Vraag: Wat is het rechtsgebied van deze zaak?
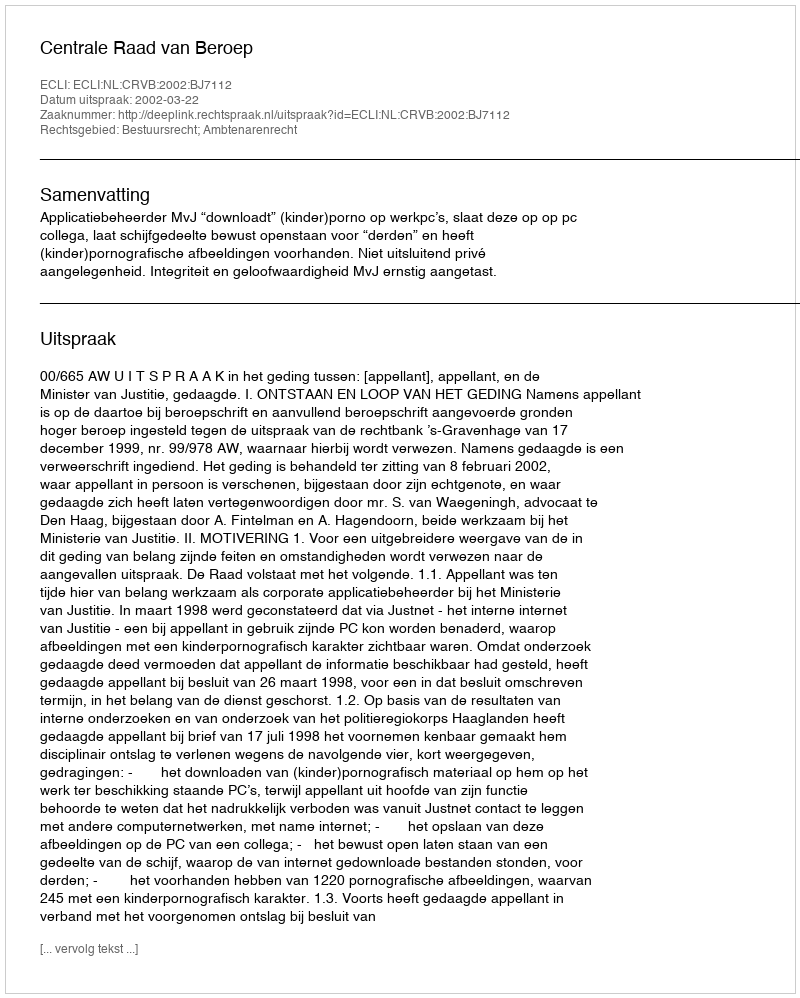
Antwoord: Bestuursrecht; Ambtenarenrecht